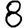
Digit: 8